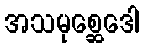
အသမုစ္ဆေဒေါ